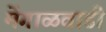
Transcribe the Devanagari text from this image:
मेंगाळवाडी